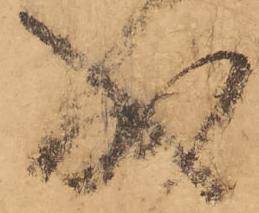
成